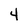
Character: 4